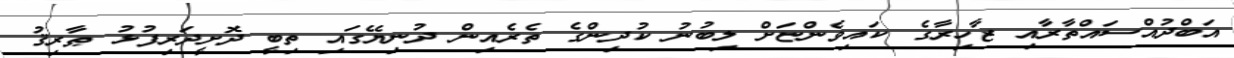
އަބްދުއްސައްތާރާއި ޒާހިރާގެ ކައިވެންޏަށް ލިބުނު ކުދިންގެ ތެރެއިން ދުނިޔޭގައި ތިބީ ދޮށީދަރިފުޅު ޠާރިޤު